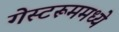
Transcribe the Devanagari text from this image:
गेस्टरूममध्ये